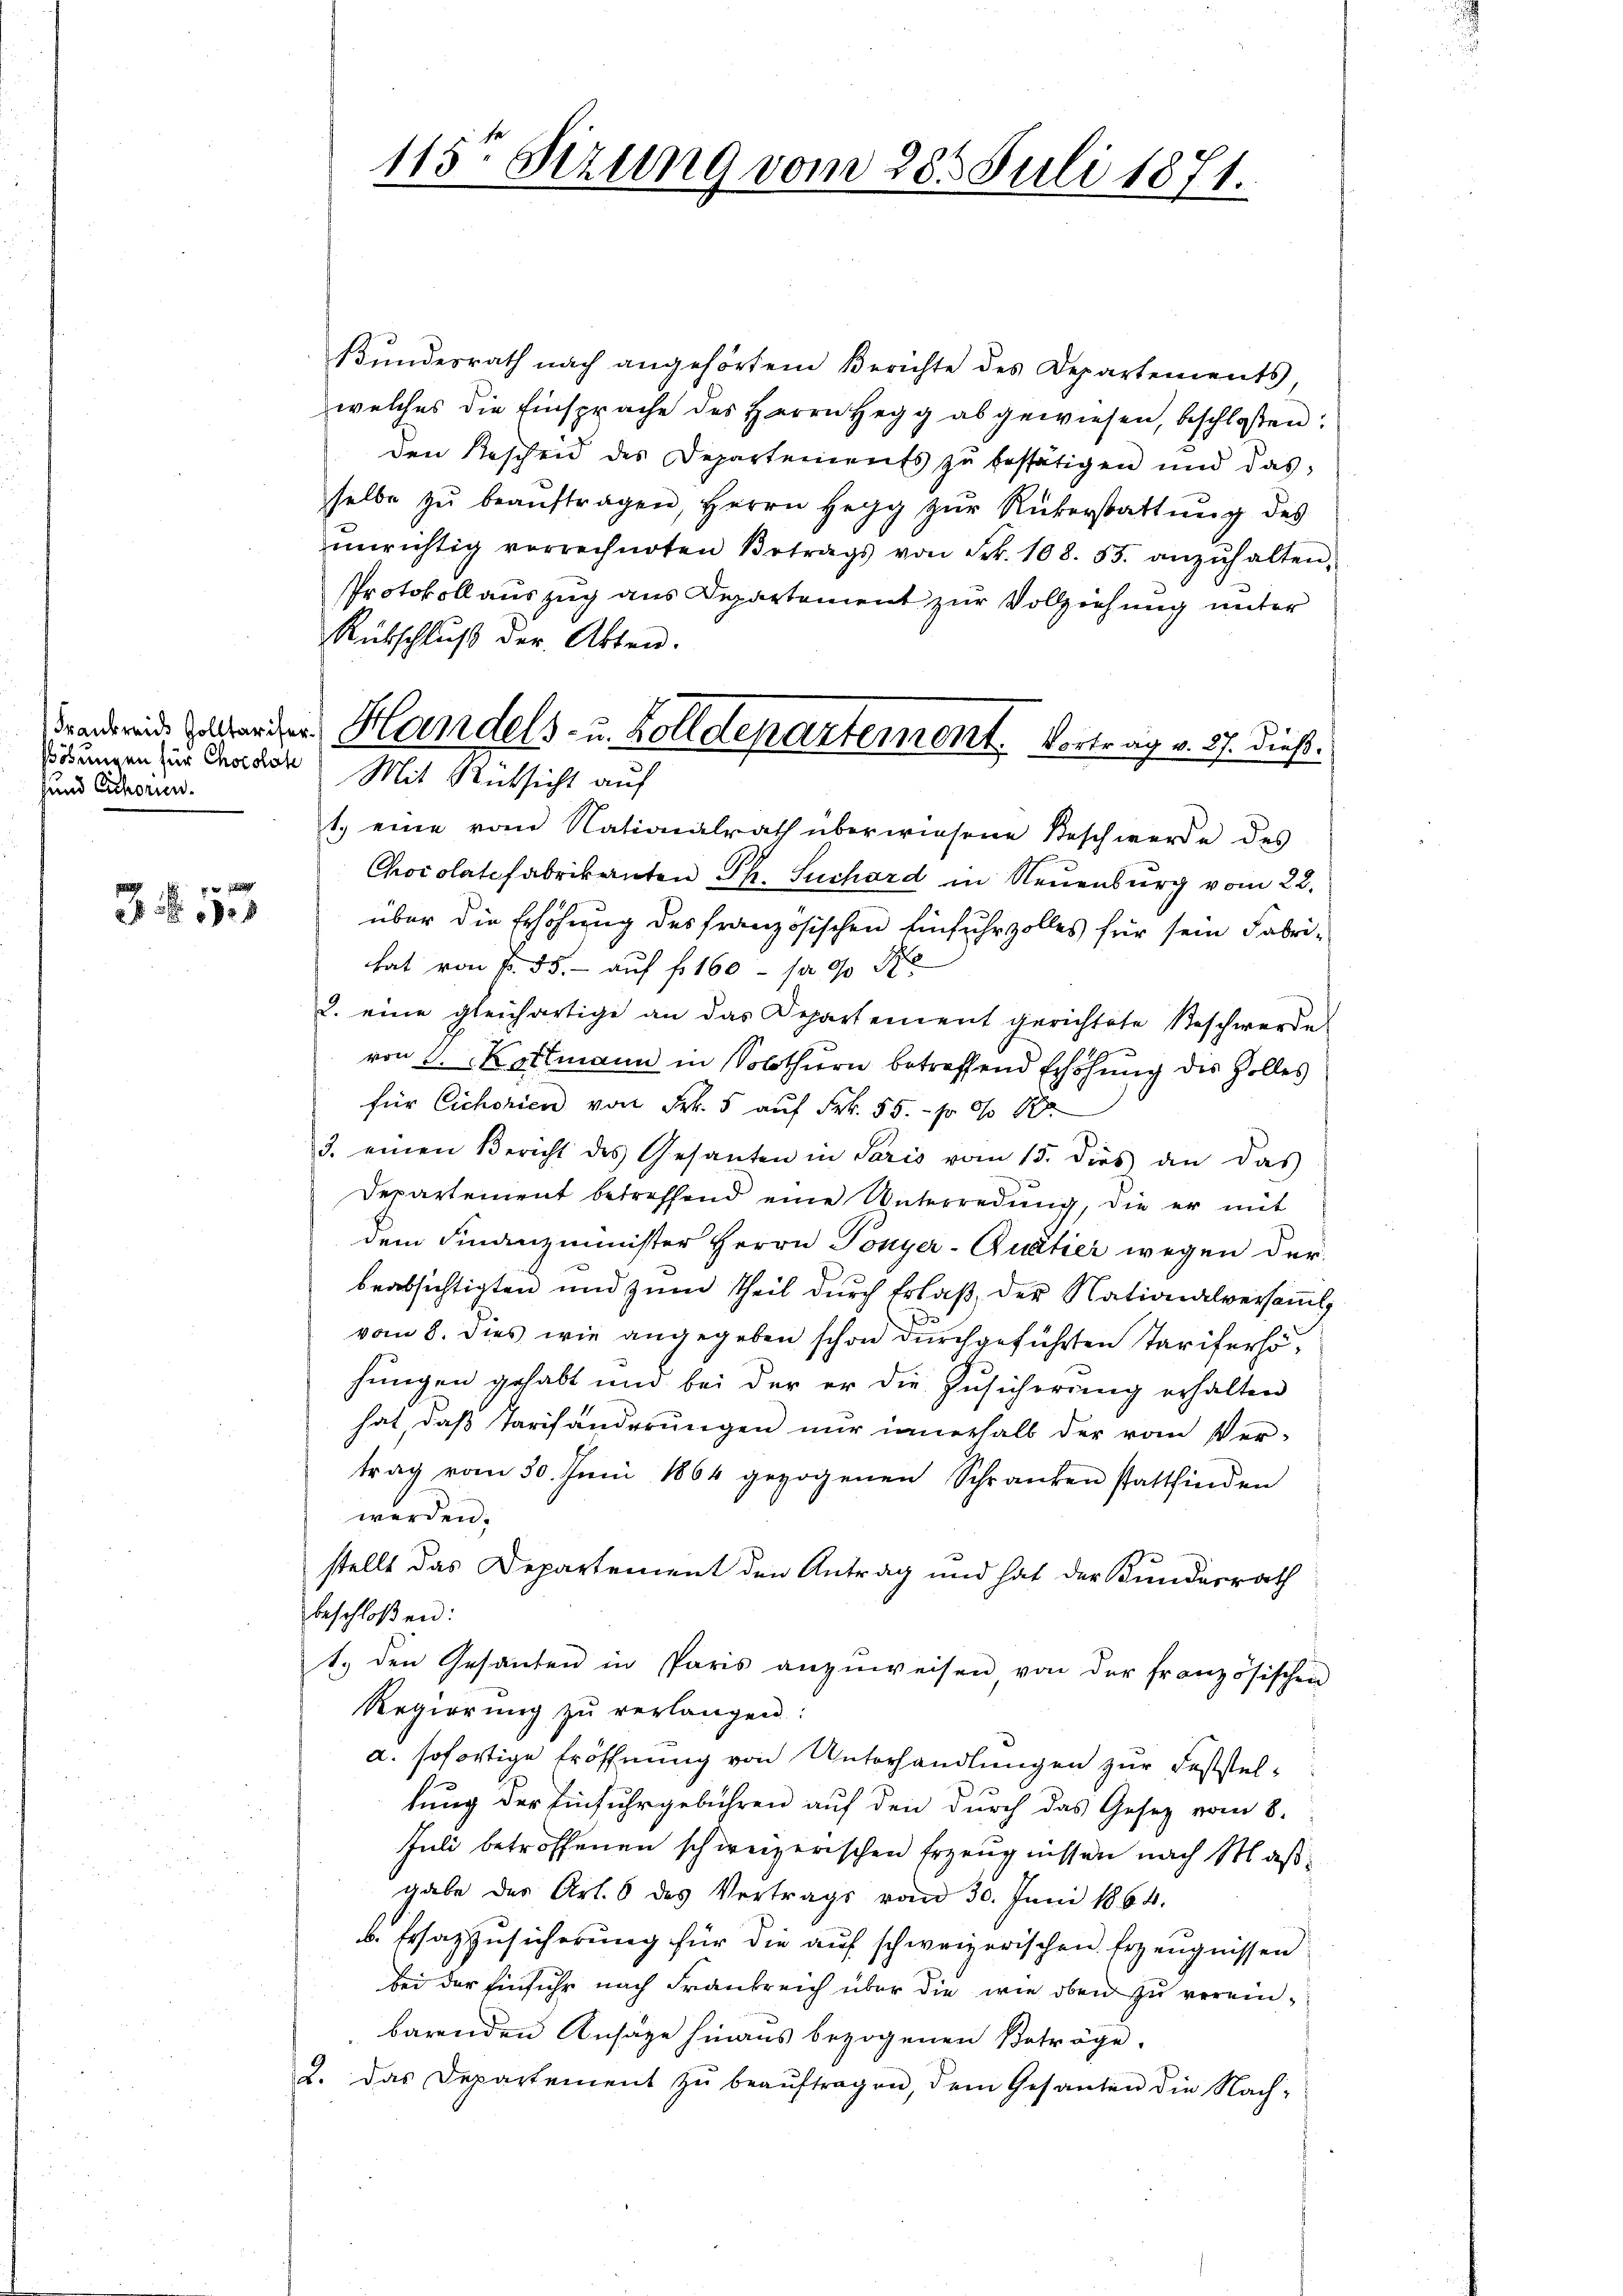
sund Cichorien.

f
 18

Bundesrath nach angehörten Berichte des Departements,
welches die Einsprache des Herrn Hegg abgewiesen, beschlossen:
den Reschen des Departements zu bestätigen und das
selbe zŭ beaŭftragen, Herrn Herzg zŭr Rükerstattŭng des
ŭnrichtig vorrechneten Betrags von Frk. 108. 55. anzŭhalten,
Protokoll auszug aus Departement zur Vollziehung unter
Rückschluß der Akten.
1. eine vom Nationalrath überwiesene Beschwerde des
Chocolatefabrikanten Ph. Suchard in Neuenburg vom 22.
über die Erhöhung des französischen Einfuhrzolles für sein Fabrihat von Fr. 55. - auf f. 160 - p 0/00
2. eine gleichartige an das Departement gerichtete Beschwerde
von 3. Kottmann in Solothurn betreffend Erhöhung des Holles
für Cichorien von Frk. 5 auf Frk. 55. pr 0 f 1
3. einen Bericht des Gesanten in Paris vom 15. dies an das
Departement betreffend eine Unterredung, die er mit
dem Finanzminister Herrn Ponyer-Quatier wegen der
beabsichtigten und zum Theil durch Erlaß der Nationalversamml
vom 8. dies wie angegeben schon durchgeführten Tarifersohungen gehabt und bei der er die Zusicherung erhalten
hat, daß Tarifänderungen nur innerhalb der vom Ver-
trag vom 30. Juni 1864 gezogenen Schranken stattfinden
werden;
stellt das Departement den Antrag und hat der Bundesrath
beschloßen:
t. den Gesanden in Paris anzŭweisen von der französischen
Regierŭng zŭ verlangen.
d. sofortige Eröffnung von Unterhandlungen zur Feststel-
kung der Einfuhrgebühren auf den durch das Gesetz vom 8.
Juli betroffenen schweizerischen Erzeugnissen nach Maßgabe der Art. 6 des Vertrags vom 30. Juni 1864.
b. Ersazzusicherung für die auf schweizerischen Erzeugnissen
bei der Einfuhr nach Frankreich über die wie oben zu verein-
barenden Ansätze hinaus bezogenen Beträge.
2. Das Departement zŭ beaŭftragen, dem Gesanten die Nach¬

115t Sezung vom 28. Juli 1871.

dendende Holder der Handels- u. Kolldepartemont. Vortrag v. 27. dieß.
Ehrungen zur Chodor Mit Rücksicht auf